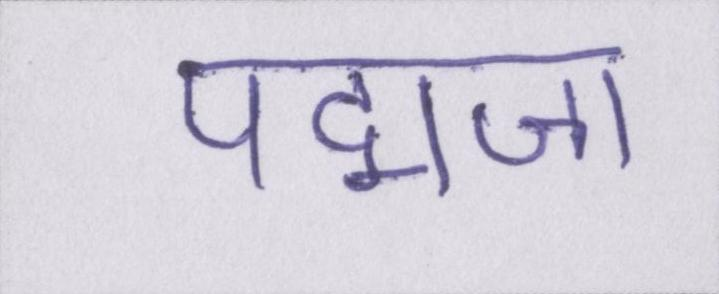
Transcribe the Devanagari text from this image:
पद्मजा